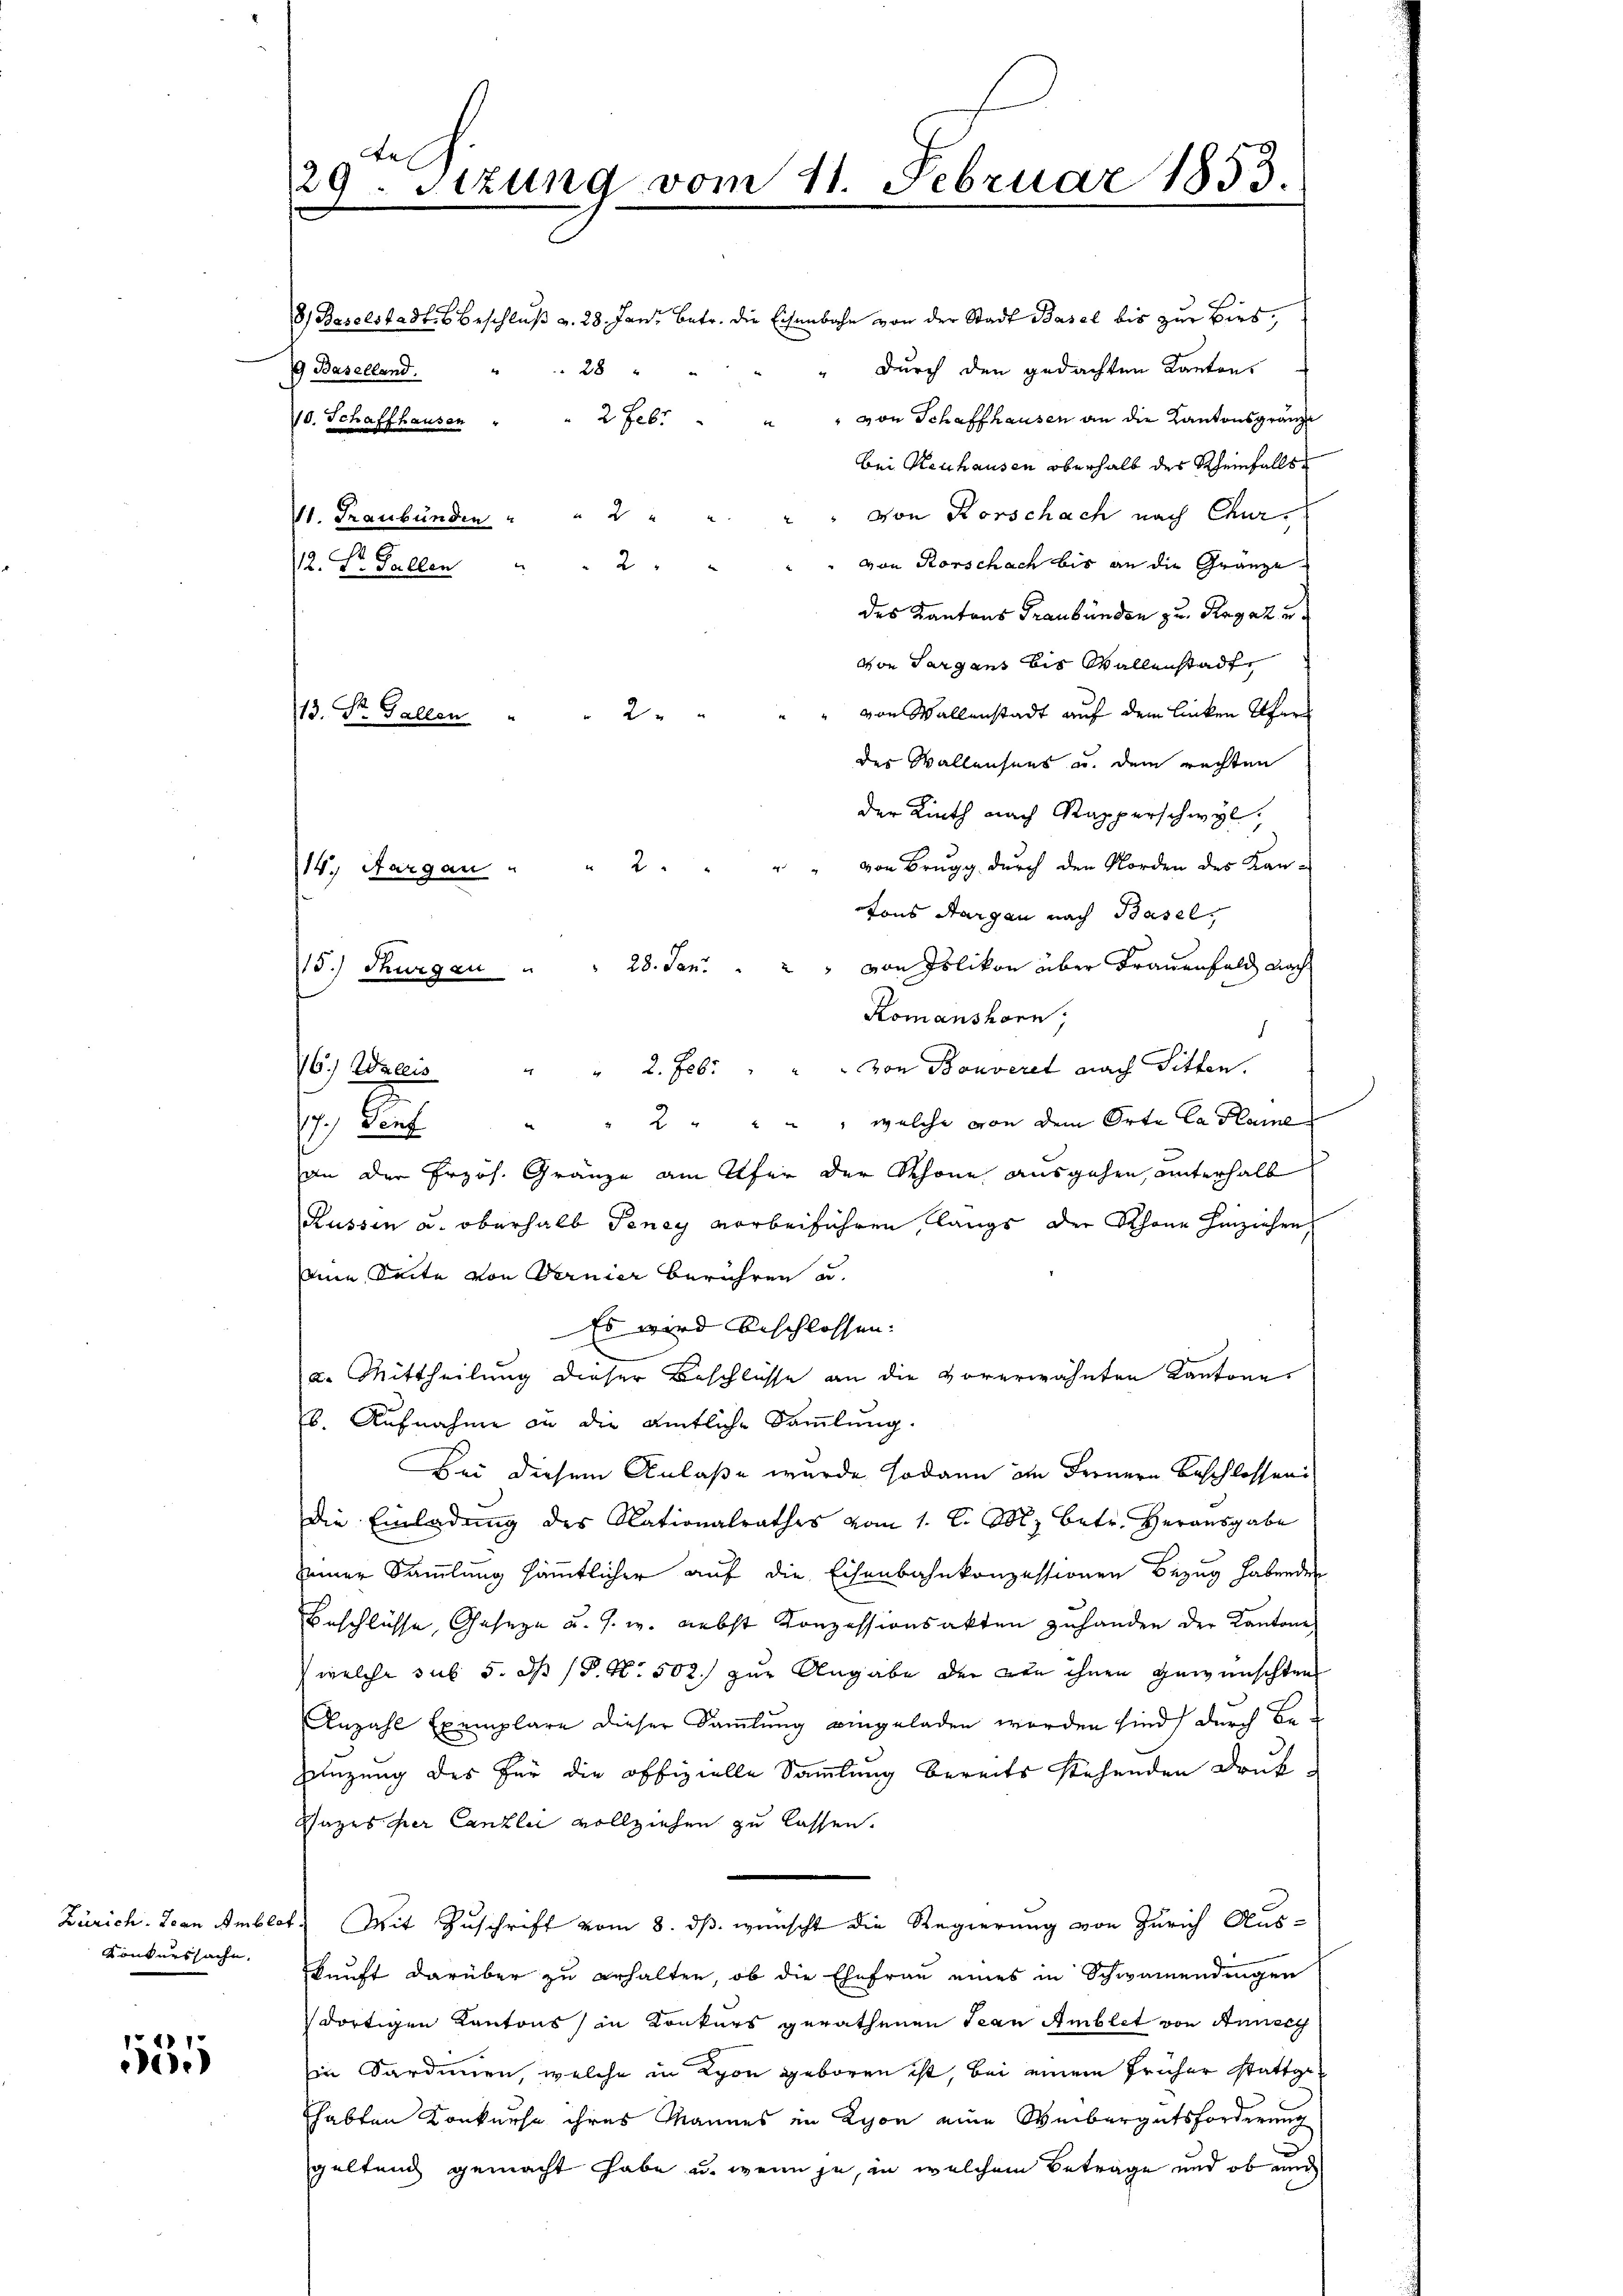
Konkurssache.

554

de
129. Sitzung vom 11. Februar 1853.

9 Baselland. " " 28 "
10. Schaffhausen " " 2 Febr

14. Aargau " " 2 "

8) Baselstadt. Beschluß v. 28. Janz betr. die Eisenbahn von der Stadt Basel bis zur Birs,
durch den gedachten Kanton
" von Schaffhausen an die Kantonsgränze
bei Neuhausen oberhalb des Rheinfalls
von Rorschach nach Chur¬
" von Rorschach bis an die Gränze
des Kantons Graubünden zu Ragaz u
von Sargans bis Wallenstadt
" " von Wallenstadt auf dem linken Ufer
13. St. Gallen " " 2 "
des Wallensens u. dem rechten
der Linth nach Rapperschwyl,
" " von Brugg durch den Norden des Kan-
tons Aargau nach Basel,
15.) Thurgau     "           "  28. Jan. " " " von Islikon über Frauenfeld nach
Komanshorn,
d
" 2. Feb. " " " von Bonveret nach Sitten.
76.) Wallis
" 2 " " " " welche von dem Orte Ca Haine
17.) Senf
an der Erzös. Gränze am Ufer der Schöne ausgehen, unterhalb
Rüssen u. oberhalb Teney vorbeiführen, langs der Schöne hinziehen
seine Seite von Fernier berühren u.
Es wird beschlossen:
a. Mittheilung dieser Beschlüsse an die vorerwähnten Kantone
b. Aufnahme an die amtliche Sammlung.
Bei diesem Anlaße wurde sodann in Fernern Beschlossen
die Einladung des Nationalrathes vom 1. l. M. betr. Herausgabe
seiner Sammlung sämmtlicher auf die Eisenbahnkonzessionen Bezug habenden
Beschlüsse, Geseze u. s. w. nebst Konzessionsakten zuhanden der Kantone
 welche sub 5. ds P. Nr. 502 zur Angabe der von ihnen gewünschten
Anzahl Exemplare dieser Sammlung eingeladen worden sind, durch Be-
Zenzung des für die offizielle Sammlung bereits stehenden Druk-
Sazes der Canzlei vollziehen zu lassen.
Zürich. Joan Amblot. Mit Zuschrift vom 8. ds. wünscht die Regierung von Zürich Aus-
kunft darüber zu erhalten, ob die Ehefrau eines in Schwamendingen
dortigen Kantons in Konkurs gerathenen Jean Amblet von Annerg
in Sardinen, welche in Lyon geboren ist, bei einem früher stattgehabten Konkurse ihres Mannes in Lyon eine Weibergutsforderung
geltend gemacht habe u. wenn ja, in welchem Betrage und ob und

VI. Graubünden " " 2 "
12. St. Gallen

2